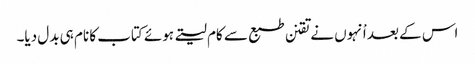
اس کے بعد اْنہوں نے تقنن طبع سے کام لیتے ہوئے کتاب کا نام ہی بدل دیا۔